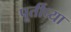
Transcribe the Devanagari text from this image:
पूर्तीच्या